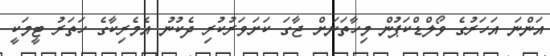
އަންނަ އަހަރުގެ ވޯލްޑްކަޕުން މިހާތަނަށް ޖާގަ ކަށަވަރުކުރި ދެކުނު އެމެރިކާގެ ހަތަރު ޓީމަކީ